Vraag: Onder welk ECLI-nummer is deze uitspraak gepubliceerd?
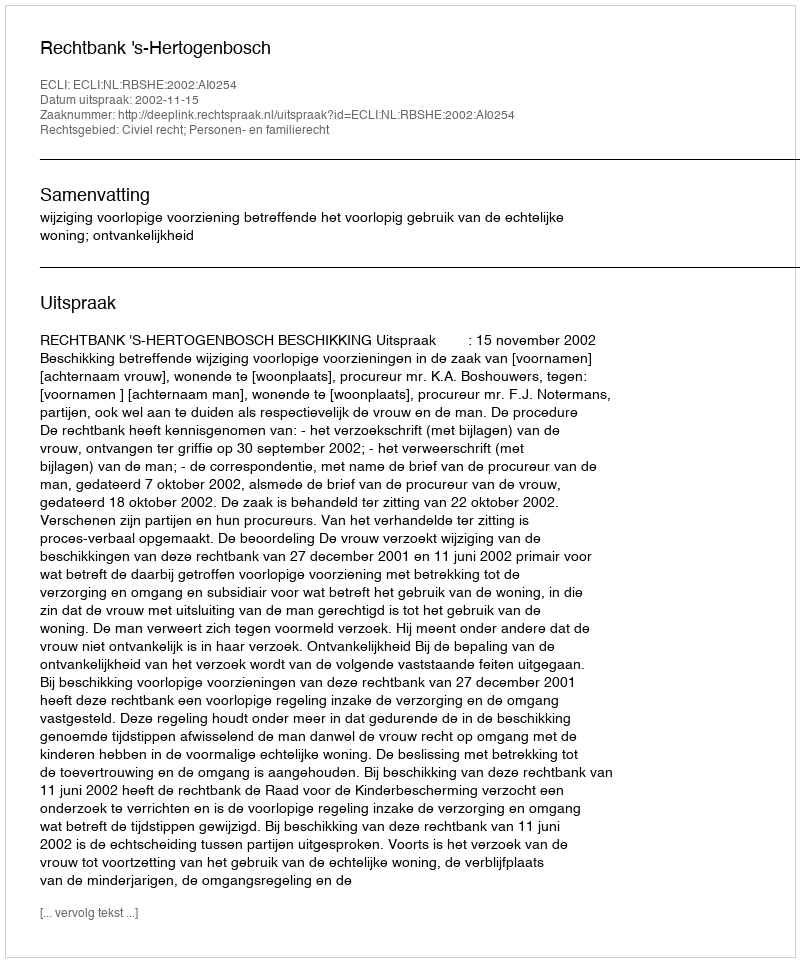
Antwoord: ECLI:NL:RBSHE:2002:AI0254